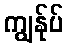
ကျွန်ုပ်